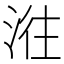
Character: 𣶂